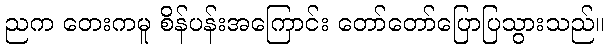
ညက တေးကမူ စိန်ပန်းအကြောင်း တော်တော်ပြောပြသွားသည်။